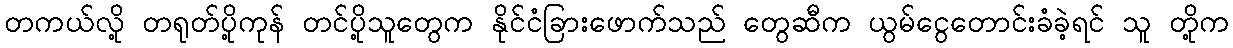
တကယ်လို့ တရုတ်ပို့ကုန် တင်ပို့သူတွေက နိုင်ငံခြားဖောက်သည် တွေဆီက ယွမ်ငွေတောင်းခံခဲ့ရင် သူ တို့က